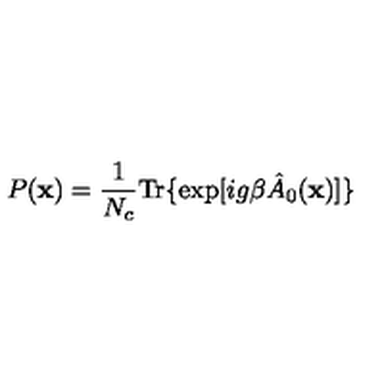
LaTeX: P ( { \bf x } ) = \frac 1 { N _ { c } } \mathrm { T r } \{ \exp [ i g \beta \hat { A } _ { 0 } ( { \bf x } ) ] \}